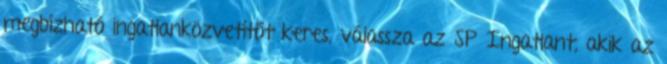
megbízható ingatlanközvetítőt keres, válassza az SP Ingatlant, akik az